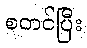
စတင်ပြီး